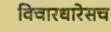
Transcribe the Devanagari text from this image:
विचारधारेसच